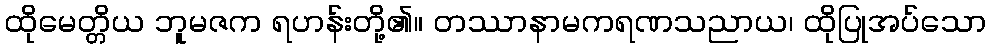
ထိုမေတ္တိယ ဘူမဇက ရဟန်းတို့၏။ တဿာနာမကရဏသညာယ၊ ထိုပြုအပ်သော